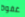
غفوة